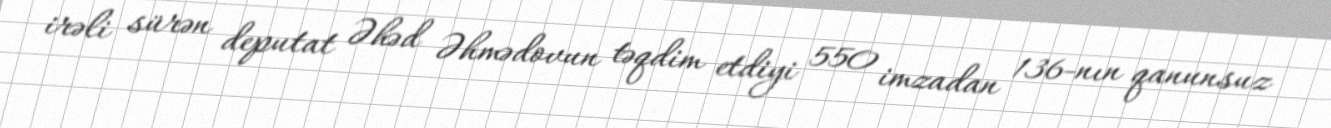
irəli sürən deputat Əhəd Əhmədovun təqdim etdiyi 550 imzadan 136-nın qanunsuz